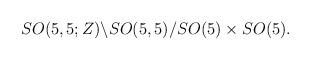
LaTeX: \begin{align*}SO(5,5;Z) \backslash SO(5,5)/SO(5) \times SO(5).\end{align*}